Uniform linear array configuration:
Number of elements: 64
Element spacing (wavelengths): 0.25
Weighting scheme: kaiser
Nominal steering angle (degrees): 45
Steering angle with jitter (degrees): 45.002
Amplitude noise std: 0.05
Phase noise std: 0.05

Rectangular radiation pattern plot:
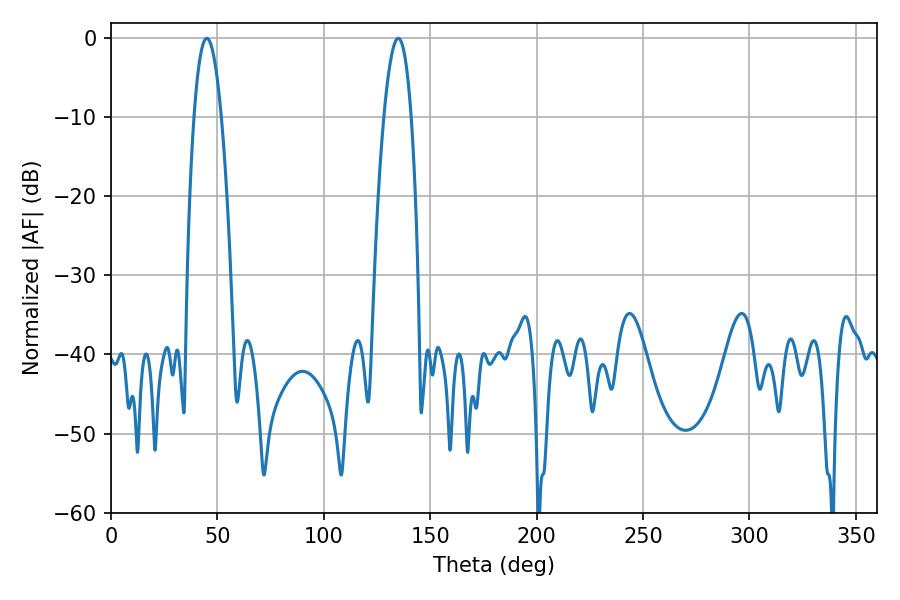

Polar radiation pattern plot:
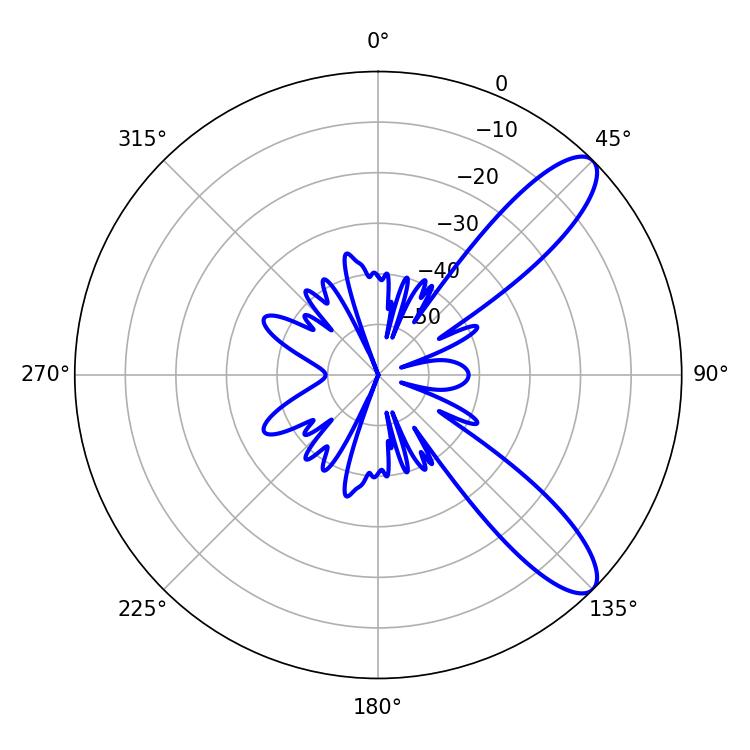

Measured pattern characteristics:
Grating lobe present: FALSE
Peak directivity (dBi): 10.26
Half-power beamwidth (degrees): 7.02
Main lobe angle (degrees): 45